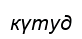
күтуд